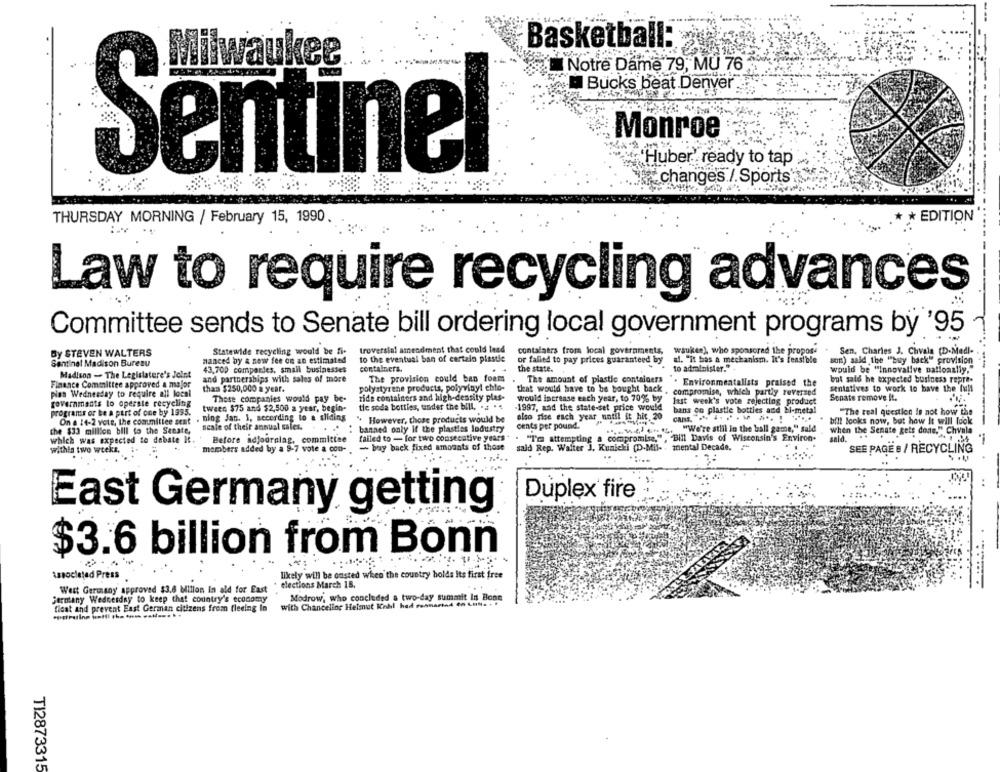
Basketball:
Milwaukee
Notre Dame 79, MU 76
Bucks beat Denver
Monroe
Sentinel
Huber' ready to tap
changes / Sports'
THURSDAY MORNING / February 15, 1990
* EDITION
Law to require recycling advances
Committee sends to Senate bill ordering local government programs by '95
troversial amendment that could lead
By STEVEN WALTERS
Statewide recycling would be fi-
contalaars from local governments, waukee), who sponsored the propose
Sen, Charles J. Chvala (D-Medl-
Sentinel Madison Bureau
manced by & now fee on an estimated
to the eventual ban of cartalo plastie
or falled to pay prices guaranteed by al. "It has a mechanism. It's feasible
son) sald the "buy back" provision
43,700 companies, small businesses
containers.
the state.
to administer."
would be "Innovative nationally,
Madison - The Legislature's Joint
and partnerships with sales of more
The provision could ban foam
but said he expected business repre.
Finance Committee approved a major
polystyrene products, polyvinyl chlo-
The amount of plastic containers . Environmentalists praised the
sentatives to work to have the full
pian Wednesday to require all local
than $250,000 a year.
that would have to be bought back , compromise, which partly reversed
These companies would pay be-
tide containers and high-density plas-
would increase each year, to 70% by
last week's vote rejecting product
Sonate remove It.
governments to operate recycling
tween $75 and $2,500 a year, begin-
tic soda bottles, tender the bill. .. .
1997, and the state-set price would
bans on plastie botties and bi-metal
programs or be a part of one by 1995.
On e 14-2 vete, the committee sent . nlog Jan. I, according to a sliding
also rise each year until it hit 20
"The real question is not how the
" However, those products would be
bill looks now, but how it will look
-------
the $33 million bill to the Senate,
scale of their annual sales.
banned only if the plasties industry
cents per pound.
"We're stlil lo the ball game," sald
when the Senate gets done," C
18." Chvala
which was expected to debate It.
Before adjournlag, committee
failed to - for two consecutive years *
. "Tr attempting a compromise," , "Bill Davis of Wisconsin's Environ-
said ..
within two weeks,
members added by a 9-7 vote a coo-
- bay back fixed amounts of those
said Rep. Walter J. Kunicki (D-Mil- : mental Decade,
SEE PAGE & / RECYCLING
Duplex fire
East Germany getting
$3.6 billion from Bonn
Associated Press
likely will be onsted when the country holds Its first free
elections March 18,
West Germany approved $3.6 Millon In ald for East
Germany Wednesday to keep that country's economy
with Chancellor Helmut Kohl had rosmarins do Lott. . .
Modrow, who concluded a two-day summit In Bonn
float and prevent East German citizens frem fleeing In
TI2873315